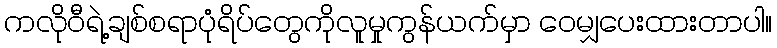
ကလိုဝီရဲ့ချစ်စရာပုံရိပ်တွေကိုလူမှုကွန်ယက်မှာ ဝေမျှပေးထားတာပါ။